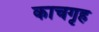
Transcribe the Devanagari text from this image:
काचगृह